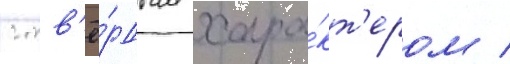
с тв'ё́рдым хара́кт'ером /